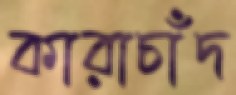
কারাচাঁদ